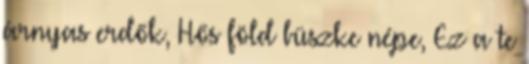
árnyas erdők, Hős föld büszke népe, Ez a te